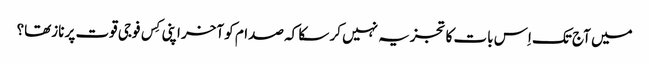
میں آج تک اِس بات کا تجزیہ نہیں کر سکا کہ صدام کو آخر اپنی کِس فوجی قوت پر نازتھا؟